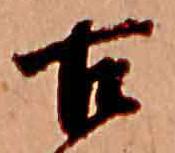
古